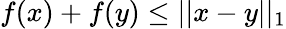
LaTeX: f(x)+f(y)\leq||x-y||_{1}